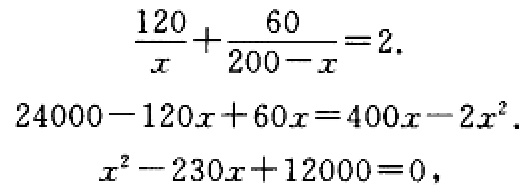
\[\begin{align*}
\frac{120}{x}+\frac{60}{200 - x}&=2.\\
24000-120x + 60x&=400x-2x^{2}.\\
x^{2}-230x + 12000&=0,
\end{align*}\]